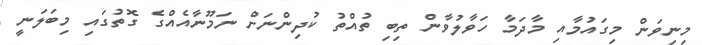
މިނިވަން މިގައުމާއި މާދަމާ ހަވާލުވާން ތިބި ތުއްތު ކުދިންނަށް ނަމޫނާއެއްގެ ގޮތުގައި މިބަލަނީ